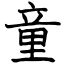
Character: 童